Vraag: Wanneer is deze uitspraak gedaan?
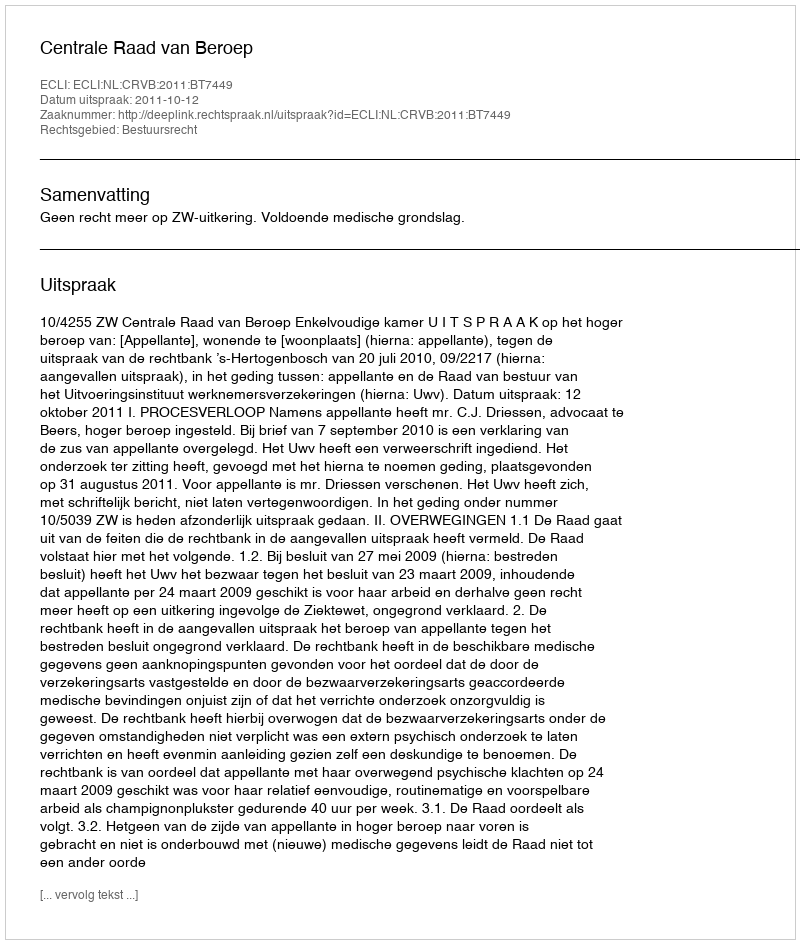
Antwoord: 2011-10-12